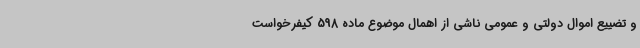
و تضییع اموال دولتی و عمومی ناشی از اهمال موضوع ماده 598 کیفرخواست